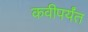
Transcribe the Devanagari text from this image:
कवीपर्यंत